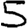
Digit: 5